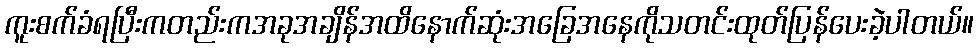
ကူးစက်ခံရပြီးကတည်းကအခုအချိန်အထိနောက်ဆုံးအခြေအနေကိုသတင်းထုတ်ပြန်ပေးခဲ့ပါတယ်။